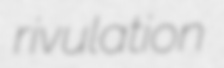
rivulation